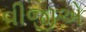
વીજીએ